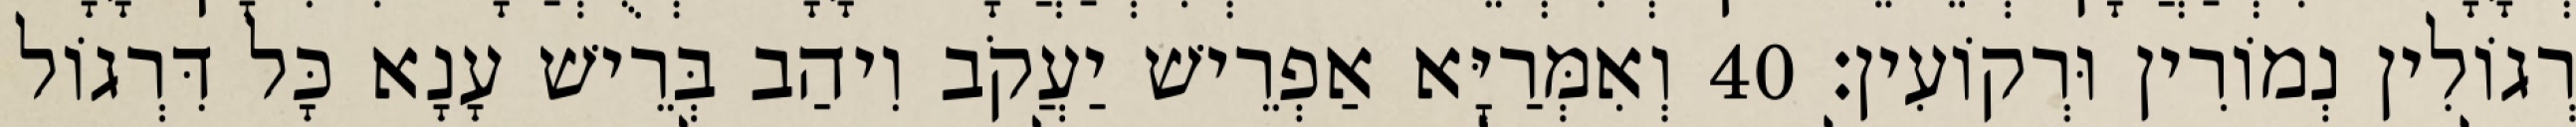
רְגוֹלִין נְמוֹרִין וּרְקוֹעִין׃ 40 וְאִמְּרַיָּא אַפְרֵישׁ יַעֲקֹב וִיהַב בְּרֵישׁ עָנָא כָּל דִּרְגוֹל